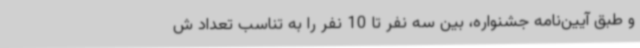
و طبق آیین‌نامه جشنواره، بین سه نفر تا 10 نفر را به تناسب تعداد ش